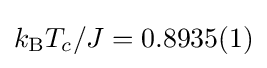
k_{\rm {B}}T_{c}/J=0.8935(1)